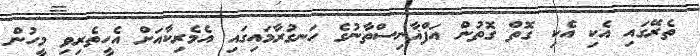
ތެރޭގައި އެކި އެކި ގޮތް ގޮތުން އަފްޣާނިސްތާނުގެ ހަނގުރާމައިގައި އެމެރިކާއަށް އެހީތެރިވި މީހުން